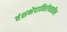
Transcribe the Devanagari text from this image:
वंशभेदाविरोधातील